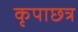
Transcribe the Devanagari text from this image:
कृपाछत्र